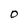
Character: O